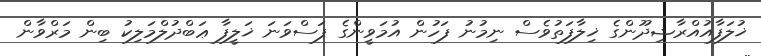
ޚުލަފާއުއްރާޝިދޫންގެ ޚިލާފަތުވެސް ނިމުނު ފަހުން އުމަވީންގެ ފަސްވަނަ ޚަލީފާ ޢަބްދުލްމަލިކު ބިން މަރްވާން